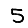
Digit: 5